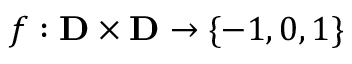
f : \mathbf { D } \times \mathbf { D } \rightarrow \lbrace - 1 , 0 , 1 \rbrace